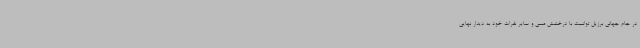
در جام جهانی برزیل توانست با درخشش مسی و سایر نفرات خود به دیدار نهایی